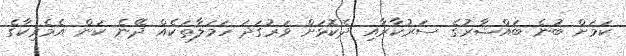
ކަމަށް ބުނެ ބައްޝާރުގެ ސަރުކާރާއި ދެކޮޅަށް ވަރުގަދަ ހަމަލާތަކެއް ދޭނެ ކަން އެމެރިކާގެ